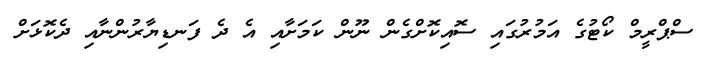
ސްޕްރީމް ކޯޓުގެ އަމުރުގައި ސޮއިކޮށްގެން ނޫން ކަމަށާއި އެ ދެ ފަނޑިޔާރުންނާއި ދެކޮޅަށް